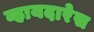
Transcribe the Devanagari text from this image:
व्हायदारेस